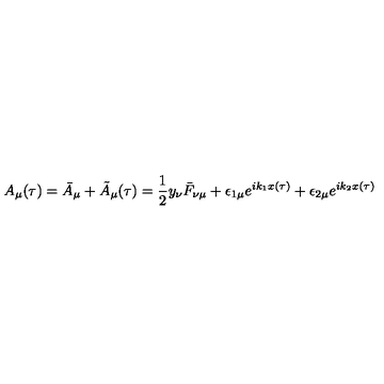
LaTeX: A _ { \mu } ( \tau ) = \bar { A } _ { \mu } + \tilde { A } _ { \mu } ( \tau ) = \frac { 1 } { 2 } y _ { \nu } \bar { F } _ { \nu \mu } + \epsilon _ { 1 \mu } e ^ { i k _ { 1 } x ( \tau ) } + \epsilon _ { 2 \mu } e ^ { i k _ { 2 } x ( \tau ) }